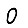
Digit: 0